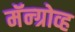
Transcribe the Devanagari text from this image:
मॅन्ग्रोव्ह